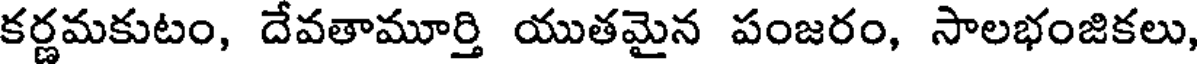
కర్ణమకుటం, దేవతామూర్తి యుతమైన పంజరం, సాలభంజికలు,